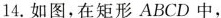
14.如图，在矩形ABCD中，